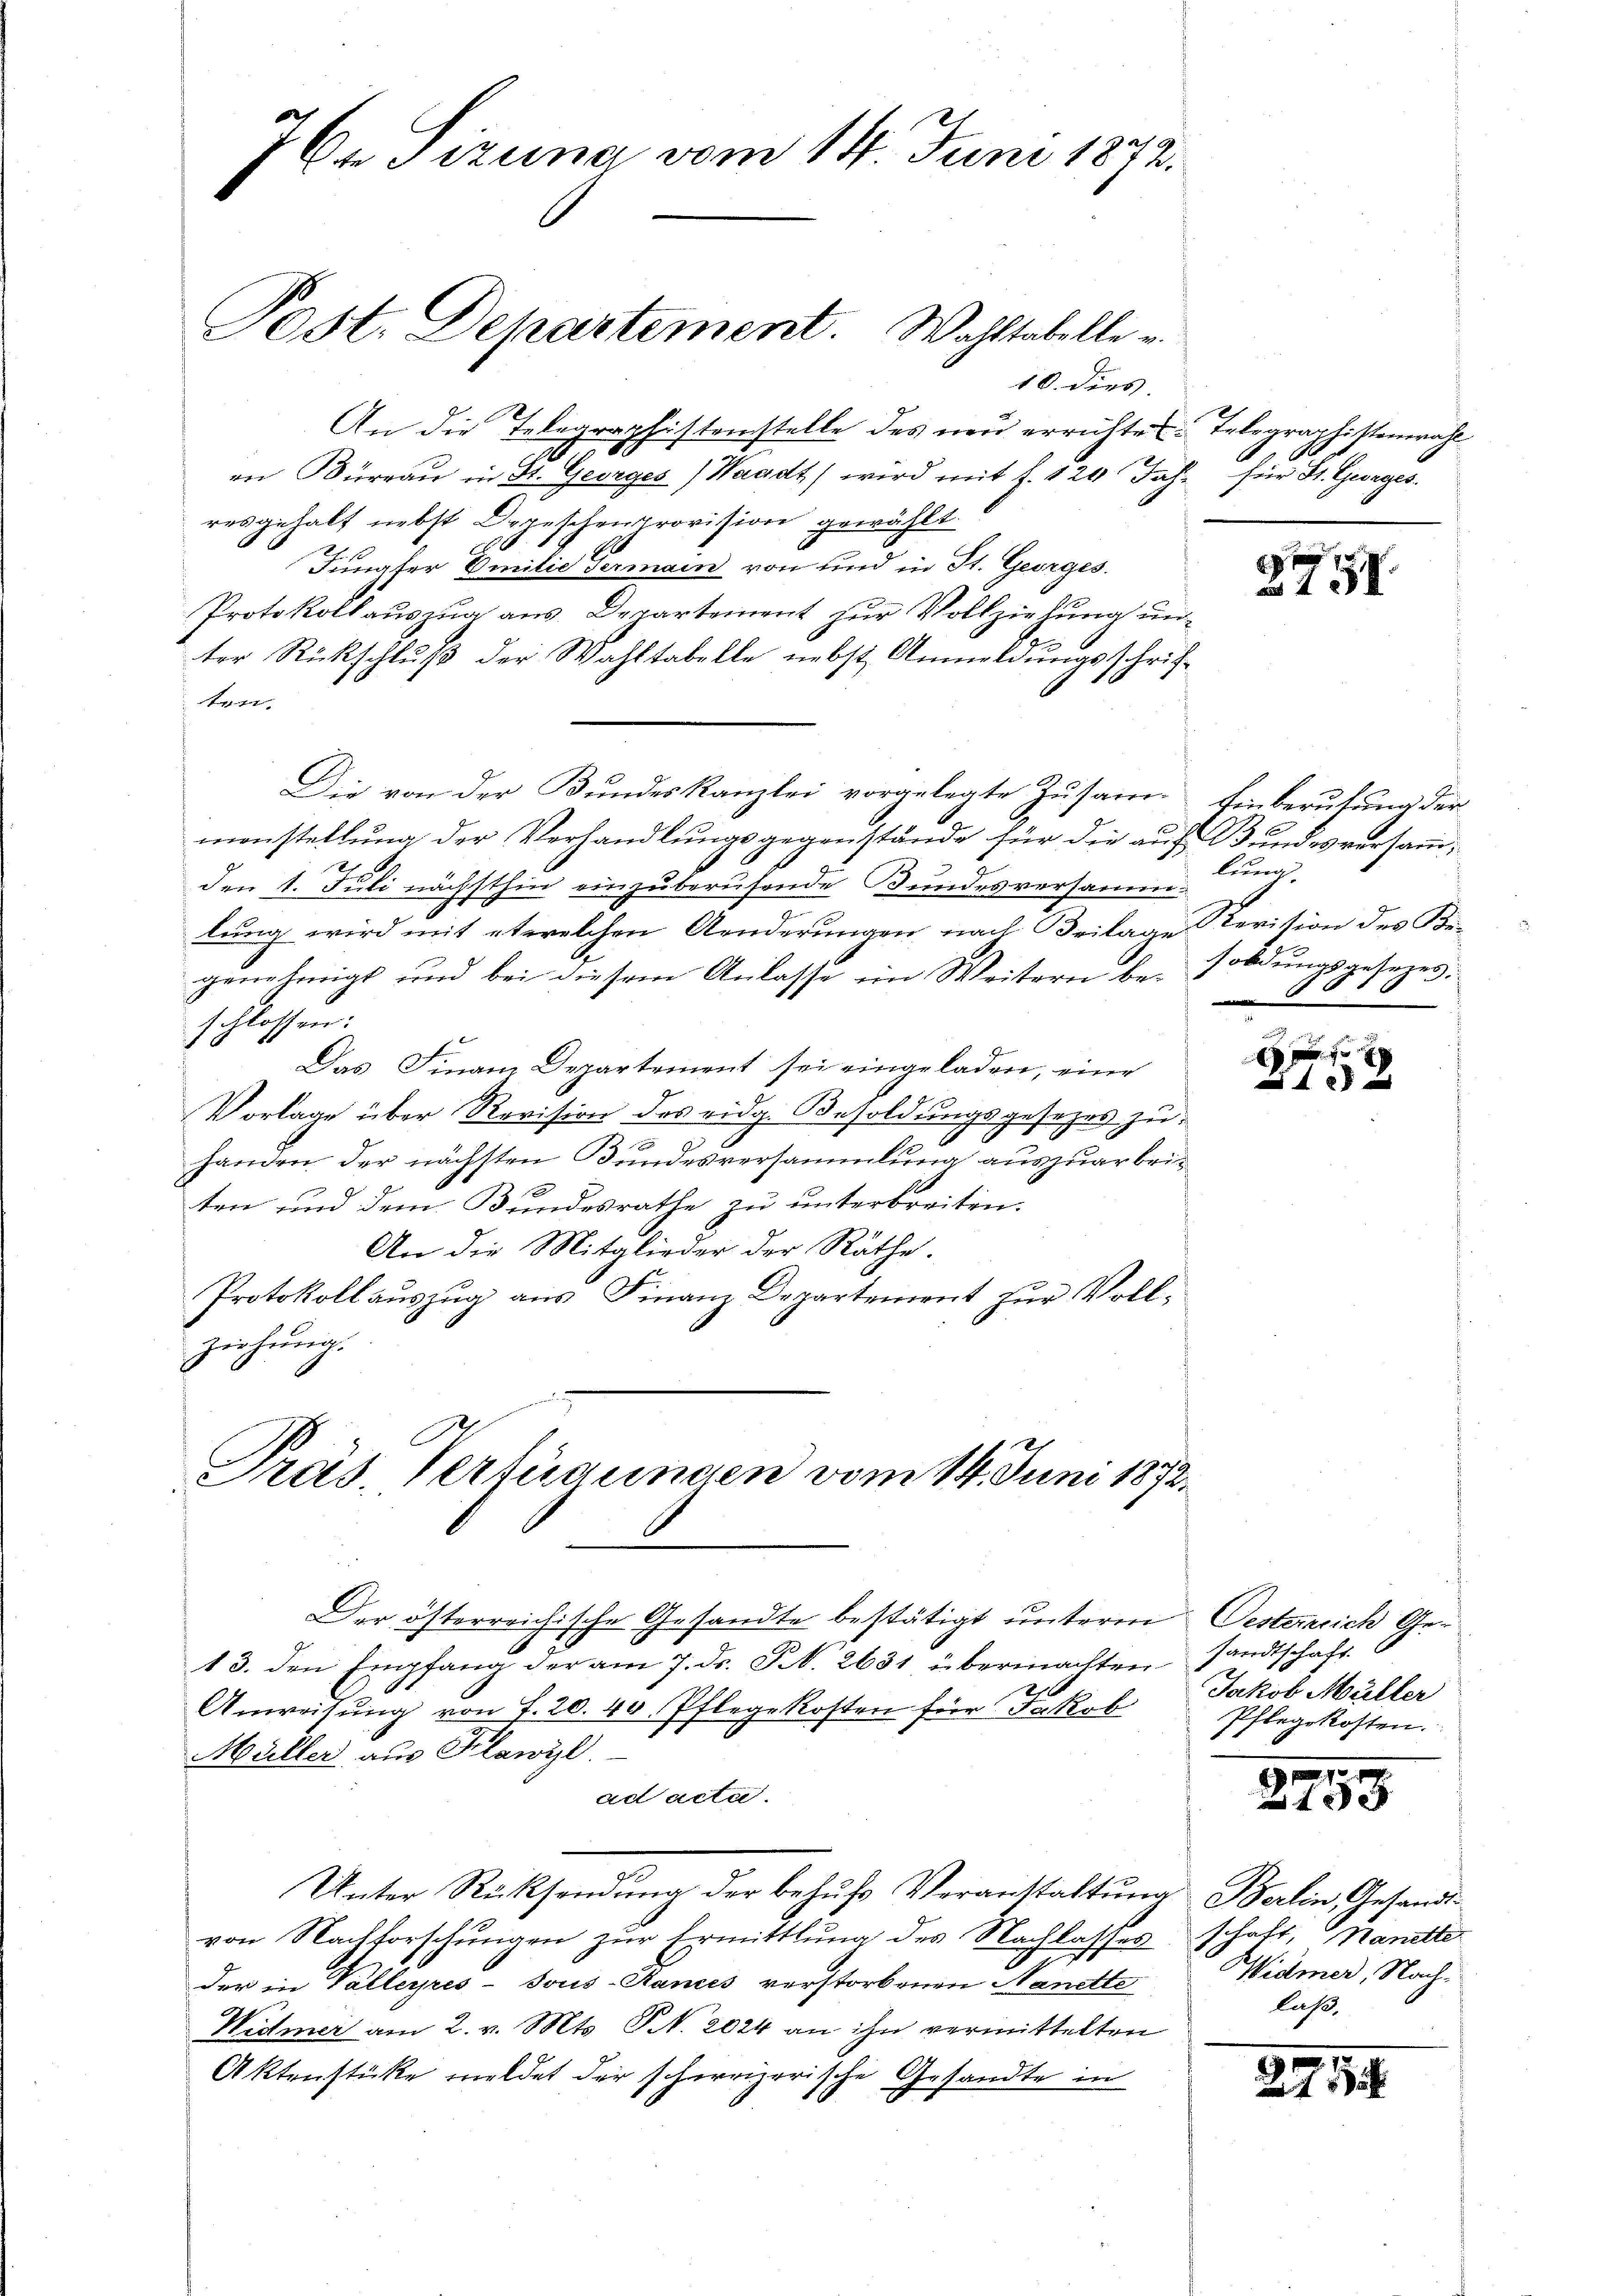
76. Sizung vom 14. Juni 1872.

Post. Departement. Wahltabelle u.
10. dies

An die Telegraphistenstelle des neu errichtes Telegraphistenwahl
d
an Büreaŭ in St. Georges (Waadt) wird mit f. 120 Jahr für St. Georges.
resgehalt nebst Depeschenprovision gewählt.
Jungfer Emilie Germann von und in St. Georges.
Protokoll auszug aus Departement zur Vollziehung unter Rückschluß der Wahltabelle nebst Anmeldungsschriftr
Die von der Bundeskanzlei vorgelegte Zusam- Einberufung der
menstellung der Verhandlungsgegenstände für die auf Bundesversamden 1. Juli nächsthin einzuberufende Bundesversammlung wird mit etwelchen Aenderungen nach Beilage Revision des Begenehmigt und bei diesem Anlasse im Weitern besoldungsgesezes
schlossen:
Das Finan Departement sei eingeladen, eine
Vorlage über Revision des eidg. Besoldungsgesezes zu
e
handen der nächsten Bundesversammlung auszuarbeiten und dem Bundesrathe zu unterbreiten.
An die Mitglieder der Räthe.
Protokoll auszug aus Finanz Departement zur Vollziehung.
Präs. Verfügungen vom 14. Juni 1872
Der österreichische Gesandte bestätigt unterm Oesterrich Ge¬
13. den Empfang der am 7. ds. S. 2631 übermachten sandtschaft
20
Anweisung von 7. 20. 40. Pflegekosten für Jakob
Müller aus Flawyl.
ad acta.
Unter Rücksendung der behufs Veranstaltung Berlin, Gesandtvon Nachforschungen zur Ermittlung des Nachlasses schaft, Nanette
der in Vallerpres-Tous-Kanzes verstorbenen Nanette
Widmer am 2. v. Mts. S. 2024 an ihn vermittelten
Aktenstücke meldet der schweizerische Gesandte in

f
a 150.

lung.
80

x
 f 0 x

Jakob Müller
Pflegekosten.
1.

1

Widmer, Nach-
laß,

274